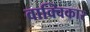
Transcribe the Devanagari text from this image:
वाक्विकार